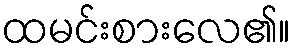
ထမင်းစားလေ၏။